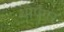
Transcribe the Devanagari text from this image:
थोर्पवर